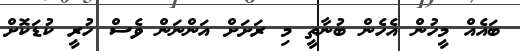
ބައެއް މީހުން އެހެން ބުނާތީ މި ރަށަށް އަންނަން ވެސް ހުރީ ކުޑަކޮށް